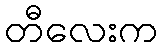
တီလေးက